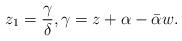
LaTeX: \begin{align*}z_1=\frac{\gamma}{\delta}, \gamma = z +\alpha-\bar{\alpha}w.\end{align*}